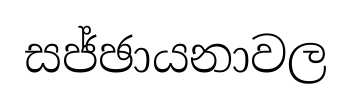
සජ්ඡායනාවල